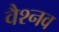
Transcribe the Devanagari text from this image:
वैश्नव